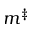
m ^ { \ddag }